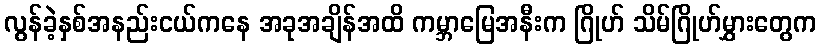
လွန်ခဲ့နှစ်အနည်းငယ်ကနေ အခုအချိန်အထိ ကမ္ဘာမြေအနီးက ဂြိုဟ် သိမ်ဂြိုဟ်မွှားတွေက